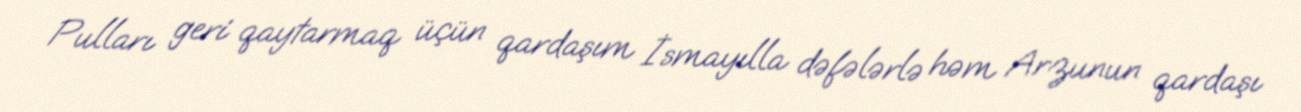
Pulları geri qaytarmaq üçün qardaşım İsmayılla dəfələrlə həm Arzunun qardaşı